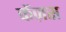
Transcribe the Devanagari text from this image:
केंज़स